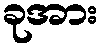
ခုအား